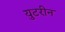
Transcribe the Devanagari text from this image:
युटरीन